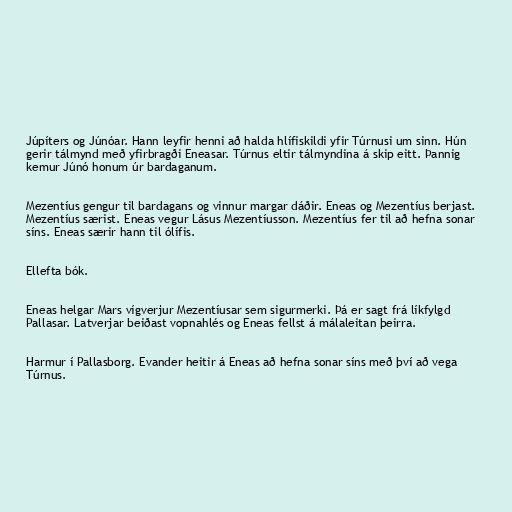
Júpíters og Júnóar. Hann leyfir henni að halda hlífiskildi yfir Túrnusi um sinn. Hún
gerir tálmynd með yfirbragði Eneasar. Túrnus eltir tálmyndina á skip eitt. Þannig
kemur Júnó honum úr bardaganum.

Mezentíus gengur til bardagans og vinnur margar dáðir. Eneas og Mezentíus berjast.
Mezentíus særist. Eneas vegur Lásus Mezentíusson. Mezentíus fer til að hefna sonar
síns. Eneas særir hann til ólífis.

Ellefta bók.

Eneas helgar Mars vígverjur Mezentíusar sem sigurmerki. Þá er sagt frá líkfylgd
Pallasar. Latverjar beiðast vopnahlés og Eneas fellst á málaleitan þeirra.

Harmur í Pallasborg. Evander heitir á Eneas að hefna sonar síns með því að vega
Túrnus.